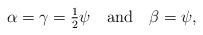
LaTeX: \begin{align*}\alpha =\gamma={\textstyle{1\over2}}\psi \quad \mbox{and} \quad\beta = \psi ,\end{align*}